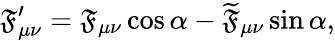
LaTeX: \mathfrak{F}_{\mu\nu}^{\prime}=\mathfrak{F}_{\mu\nu}\cos\alpha-\widetilde{{\mathfrak{F}}}_{\mu\nu}\sin\alpha,